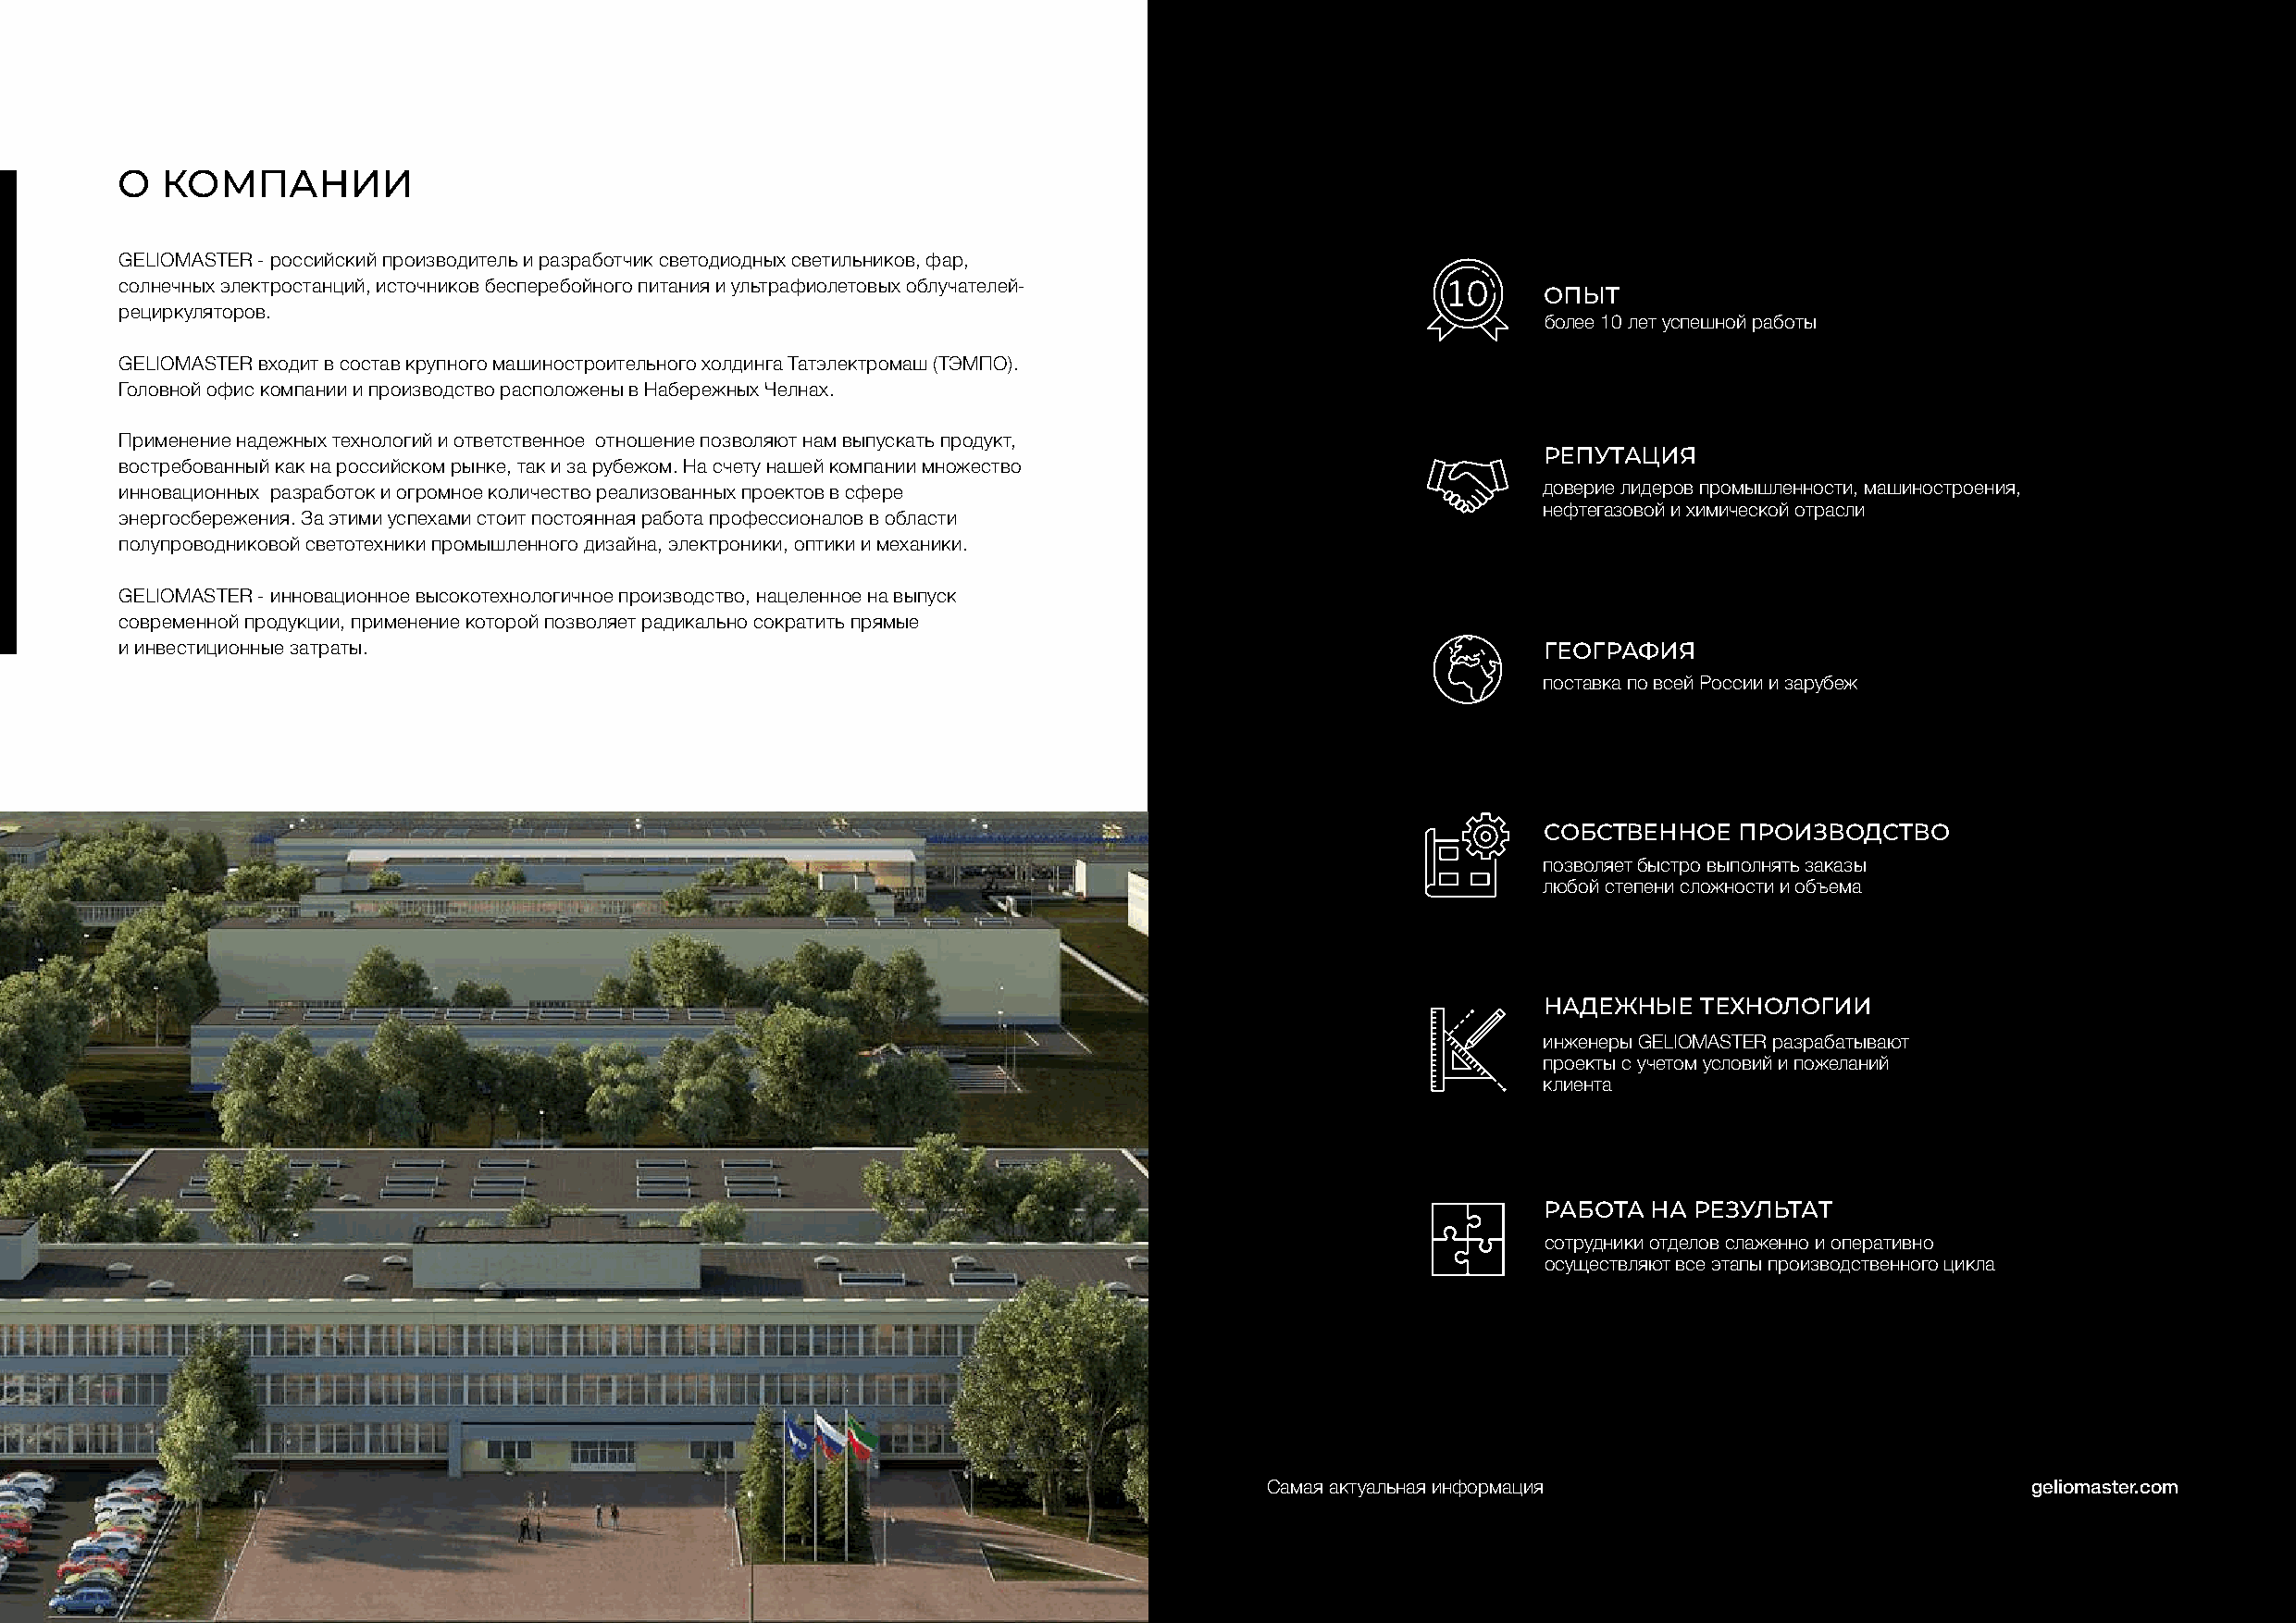
О  КОМПАНИИ
 GELIOMАSTER - российский производитель и разработчик светодиодных светильников, фар,
 солнечных электростанций, источников бесперебойного питания и ультрафиолетовых облучателей-    10
 ОПЫТ
 рециркуляторов.
 более 10 лет успешной работы
 GELIOMАSTER входит в состав крупного машиностроительного холдинга Татэлектромаш (ТЭМПО).
 Головной офис компании и производство расположены в Набережных Челнах.
 Применение надежных технологий и ответственное отношение позволяют нам выпускать продукт,
 РЕПУТАЦИЯ
 востребованный как на российском рынке, так и за рубежом. На счету нашей компании множество
 инновационных разработок и огромное количество реализованных проектов в сфере                         доверие лидеров промышленности, машиностроения,
 нефтегазовой и химической отрасли
 энергосбережения. За этими успехами стоит постоянная работа профессионалов в области
 полупроводниковой светотехники промышленного дизайна, электроники, оптики и механики.
 GELIOMАSTER - инновационное высокотехнологичное производство, нацеленное на выпуск
 современной продукции, применение которой позволяет радикально сократить прямые
 и инвестиционные затраты.                                                                             ГЕОГРАФИЯ
 поставка по всей России и зарубеж
 СОБСТВЕННОЕ   ПРОИЗВОДСТВО
 позволяет быстро выполнять заказы
 любой степени сложности и объема
 НАДЕЖНЫЕ    ТЕХНОЛОГИИ
 инженеры GELIOMАSTER разрабатывают
 проекты с учетом условий и пожеланий
 клиента
 РАБОТА  НА РЕЗУЛЬТАТ
 сотрудники отделов слаженно и оперативно
 осуществляют все этапы производственного цикла
 Cамая актуальная информация                           geliomaster.com